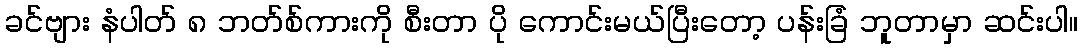
ခင်ဗျား နံပါတ် ၈ ဘတ်စ်ကားကို စီးတာ ပို ကောင်းမယ်ပြီးတော့ ပန်းခြံ ဘူတာမှာ ဆင်းပါ။